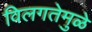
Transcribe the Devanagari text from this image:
विलगतेमुळे